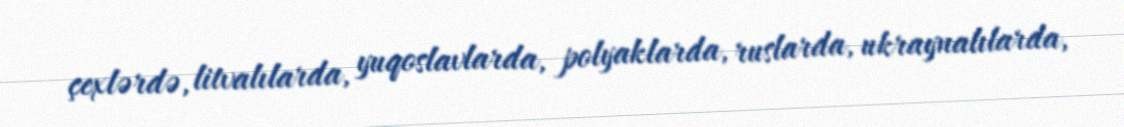
çexlərdə, litvalılarda, yuqoslavlarda, polyaklarda, ruslarda, ukraynalılarda,